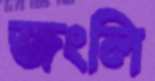
জংলি